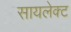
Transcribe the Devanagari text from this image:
सायलेक्ट